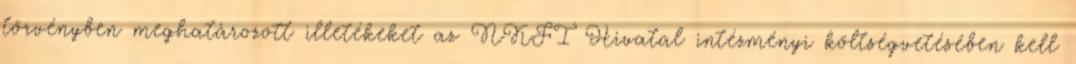
törvényben meghatározott illetékeket az NKFI Hivatal intézményi költségvetésében kell